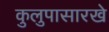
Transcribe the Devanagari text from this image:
कुलुपासारखे